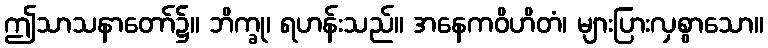
ဤသာသနာတော်၌။ ဘိက္ခု၊ ရဟန်းသည်။ အနေကဝိဟိတံ၊ များပြားလှစွာသော။